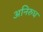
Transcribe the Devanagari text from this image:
अनिरुध